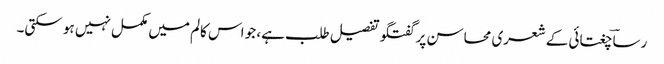
رساؔ چغتائی کے شعری محاسن پر گفتگو تفصیل طلب ہے، جو اس کالم میں مکمل نہیں ہو سکتی۔